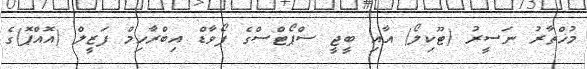
މުޚްތާރު ނަސީރު (ޓޫކިލޯ) އާއި ބީޖީ ސްޕޯޓްސްގެ ފޯވާޑް އިބްރާހިމް ފަޒީލް (އޮއްޕޮ)ގެ